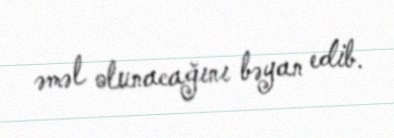
əməl olunacağını bəyan edib.